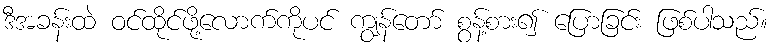
ဒီအခန်းထဲ ဝင်ထိုင်ဖို့လောက်ကိုပင် ကျွန်တော် စွန့်စား၍ ပြောခြင်း ဖြစ်ပါသည်။